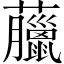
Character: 𧅕